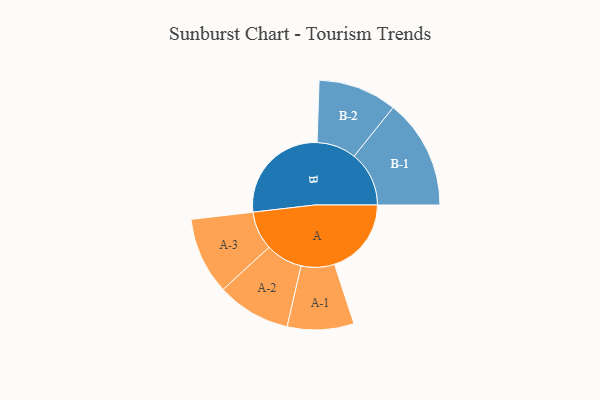
{"axis": {"x": "Segment", "y": "Value"}, "legend": ["", "A", "B"], "data": [{"x": "A", "y": 277, "type": ""}, {"x": "B", "y": 380, "type": ""}, {"x": "A-1", "y": 120, "type": "A"}, {"x": "A-2", "y": 133, "type": "A"}, {"x": "A-3", "y": 139, "type": "A"}, {"x": "B-1", "y": 198, "type": "B"}, {"x": "B-2", "y": 142, "type": "B"}]}